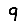
Digit: 9